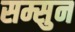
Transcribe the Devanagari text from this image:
सम्सुन